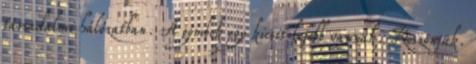
társadalmi hálózatban. A gombok egy kicsit lejebb vannak. Köszönjük.